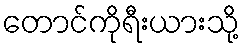
တောင်ကိုရီးယားသို့